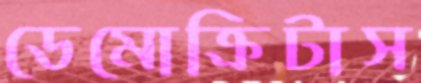
ডেমোক্রিটাস